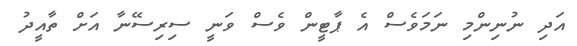
އަދި ނުނިންމި ނަމަވެސް އެ ޕާޓީން ވެސް ވަނީ ސިރިސޭނާ އަށް ތާއީދު